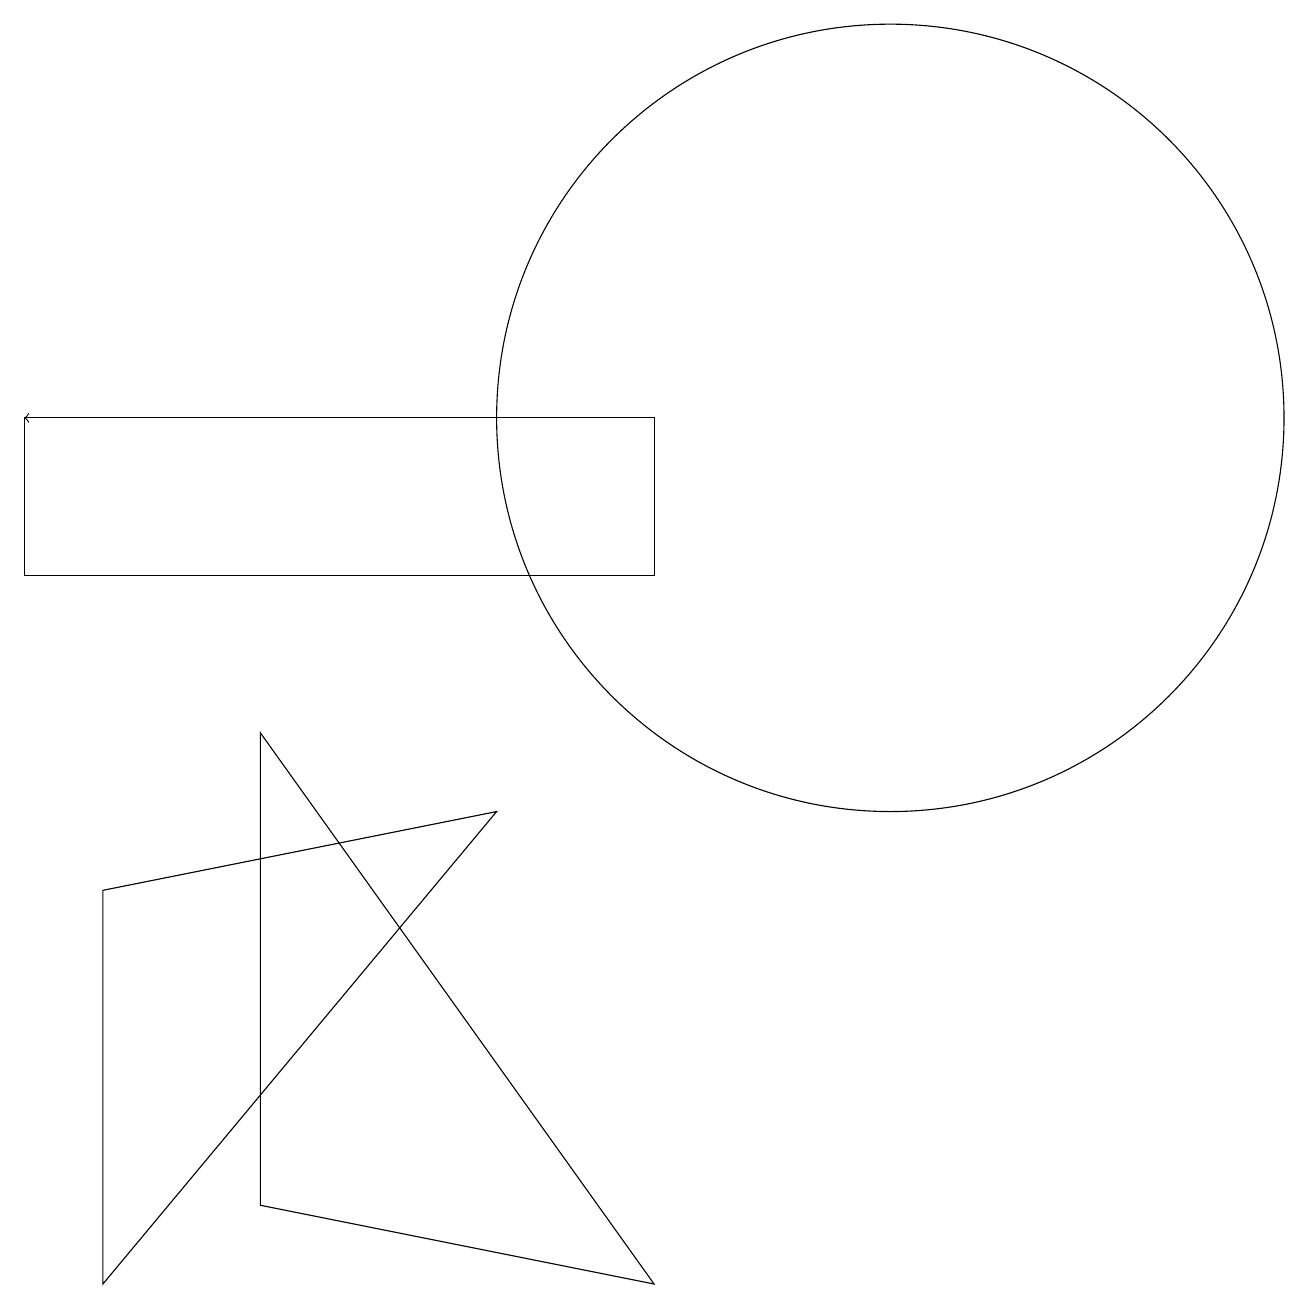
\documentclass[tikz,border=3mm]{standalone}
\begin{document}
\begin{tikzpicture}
\draw (1,1) -- (6,7) -- (1,6) -- cycle;
\draw (11,12) circle (5);
\draw (0,12) rectangle (8,10);
\draw[->] (8,12) -- (0,12);
\draw (3,8) -- (8,1) -- (3,2) -- cycle;
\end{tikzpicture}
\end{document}